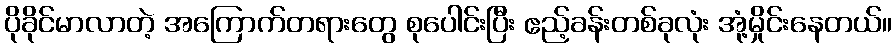
ပိုခိုင်မာလာတဲ့ အကြောက်တရားတွေ စုပေါင်းပြီး ဧည့်ခန်းတစ်ခုလုံး အုံ့မှိုင်းနေတယ်။